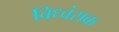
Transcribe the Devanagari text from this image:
विध्‍वंसक